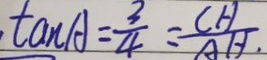
\tan A = \frac { 3 } { 4 } = \frac { C H } { A H } .